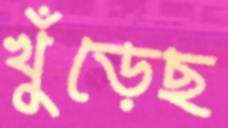
খুঁড়েছ